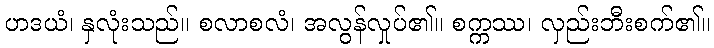
ဟဒယံ၊ နှလုံးသည်။ စလာစလံ၊ အလွန်လှုပ်၏။ စက္ကဿ၊ လှည်းဘီးစက်၏။